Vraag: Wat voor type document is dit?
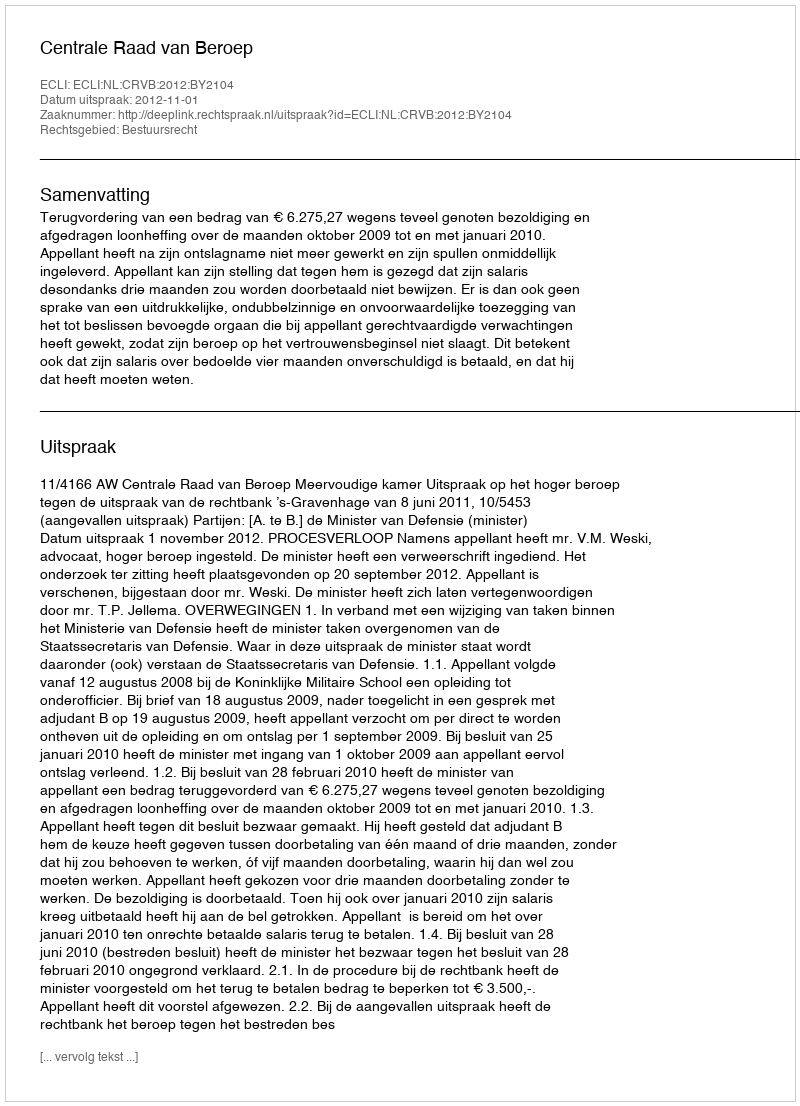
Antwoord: Uitspraak